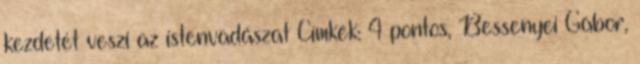
kezdetét veszi az istenvadászat Címkék: 4 pontos, Bessenyei Gábor,